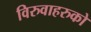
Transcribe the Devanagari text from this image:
विरुवाहरुको